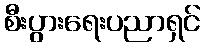
စီးပွားရေးပညာရှင်